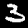
Label: 3